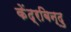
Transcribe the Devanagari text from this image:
केंद्रबिन्दु